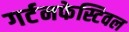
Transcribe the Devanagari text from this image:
गर्टनफेस्टिवल